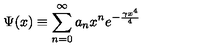
\Psi ( x ) \equiv \sum _ { n = 0 } ^ { \infty } a _ { n } x ^ { n } e ^ { - \frac { \gamma x ^ { 4 } } 4 }